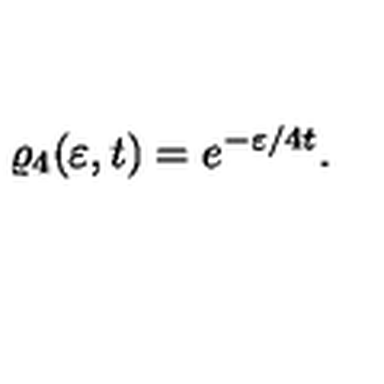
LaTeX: \varrho _ { 4 } ( \varepsilon , t ) = e ^ { - \varepsilon / 4 t } \nonumber .